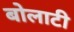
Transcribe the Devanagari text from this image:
बोलाटी